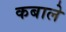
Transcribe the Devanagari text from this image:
कबाले